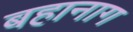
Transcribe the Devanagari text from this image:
बहानाग